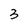
Character: 3